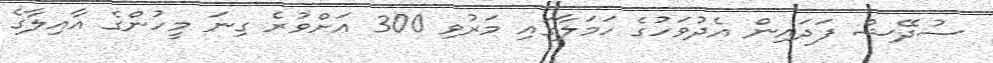
ސުދޭޝް ފަދައިން އެދުވަހުގެ ހަމަލާގައި މަރުވި 300 އަށްވުރެ ގިނަ މީހުންގެ އާއިލާގެ